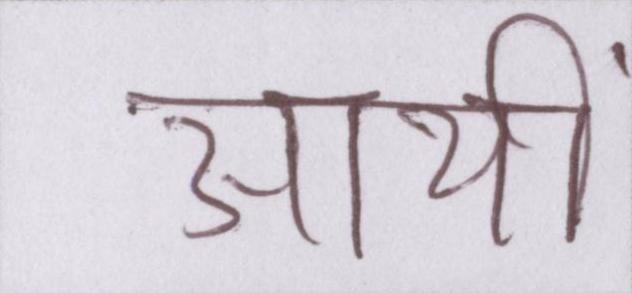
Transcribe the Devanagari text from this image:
आयीं